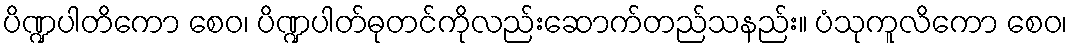
ပိဏ္ဍပါတိကော စေဝ၊ ပိဏ္ဍပါတ်ဓုတင်ကိုလည်းဆောက်တည်သနည်း။ ပံသုကူလိကော စေဝ၊